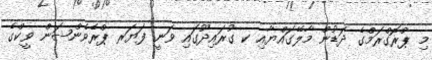
މި ޕްރޮގްރަމްގެ ދަޑުން މާލޭގައްޔާއި ކ ގުރައިދޫގައި ވަނީ ފަޔަރ ޕްރެވެންޝަން ވީކްގެ